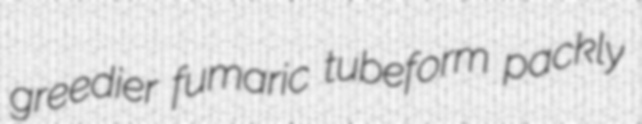
greedier fumaric tubeform packly